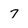
Character: 7